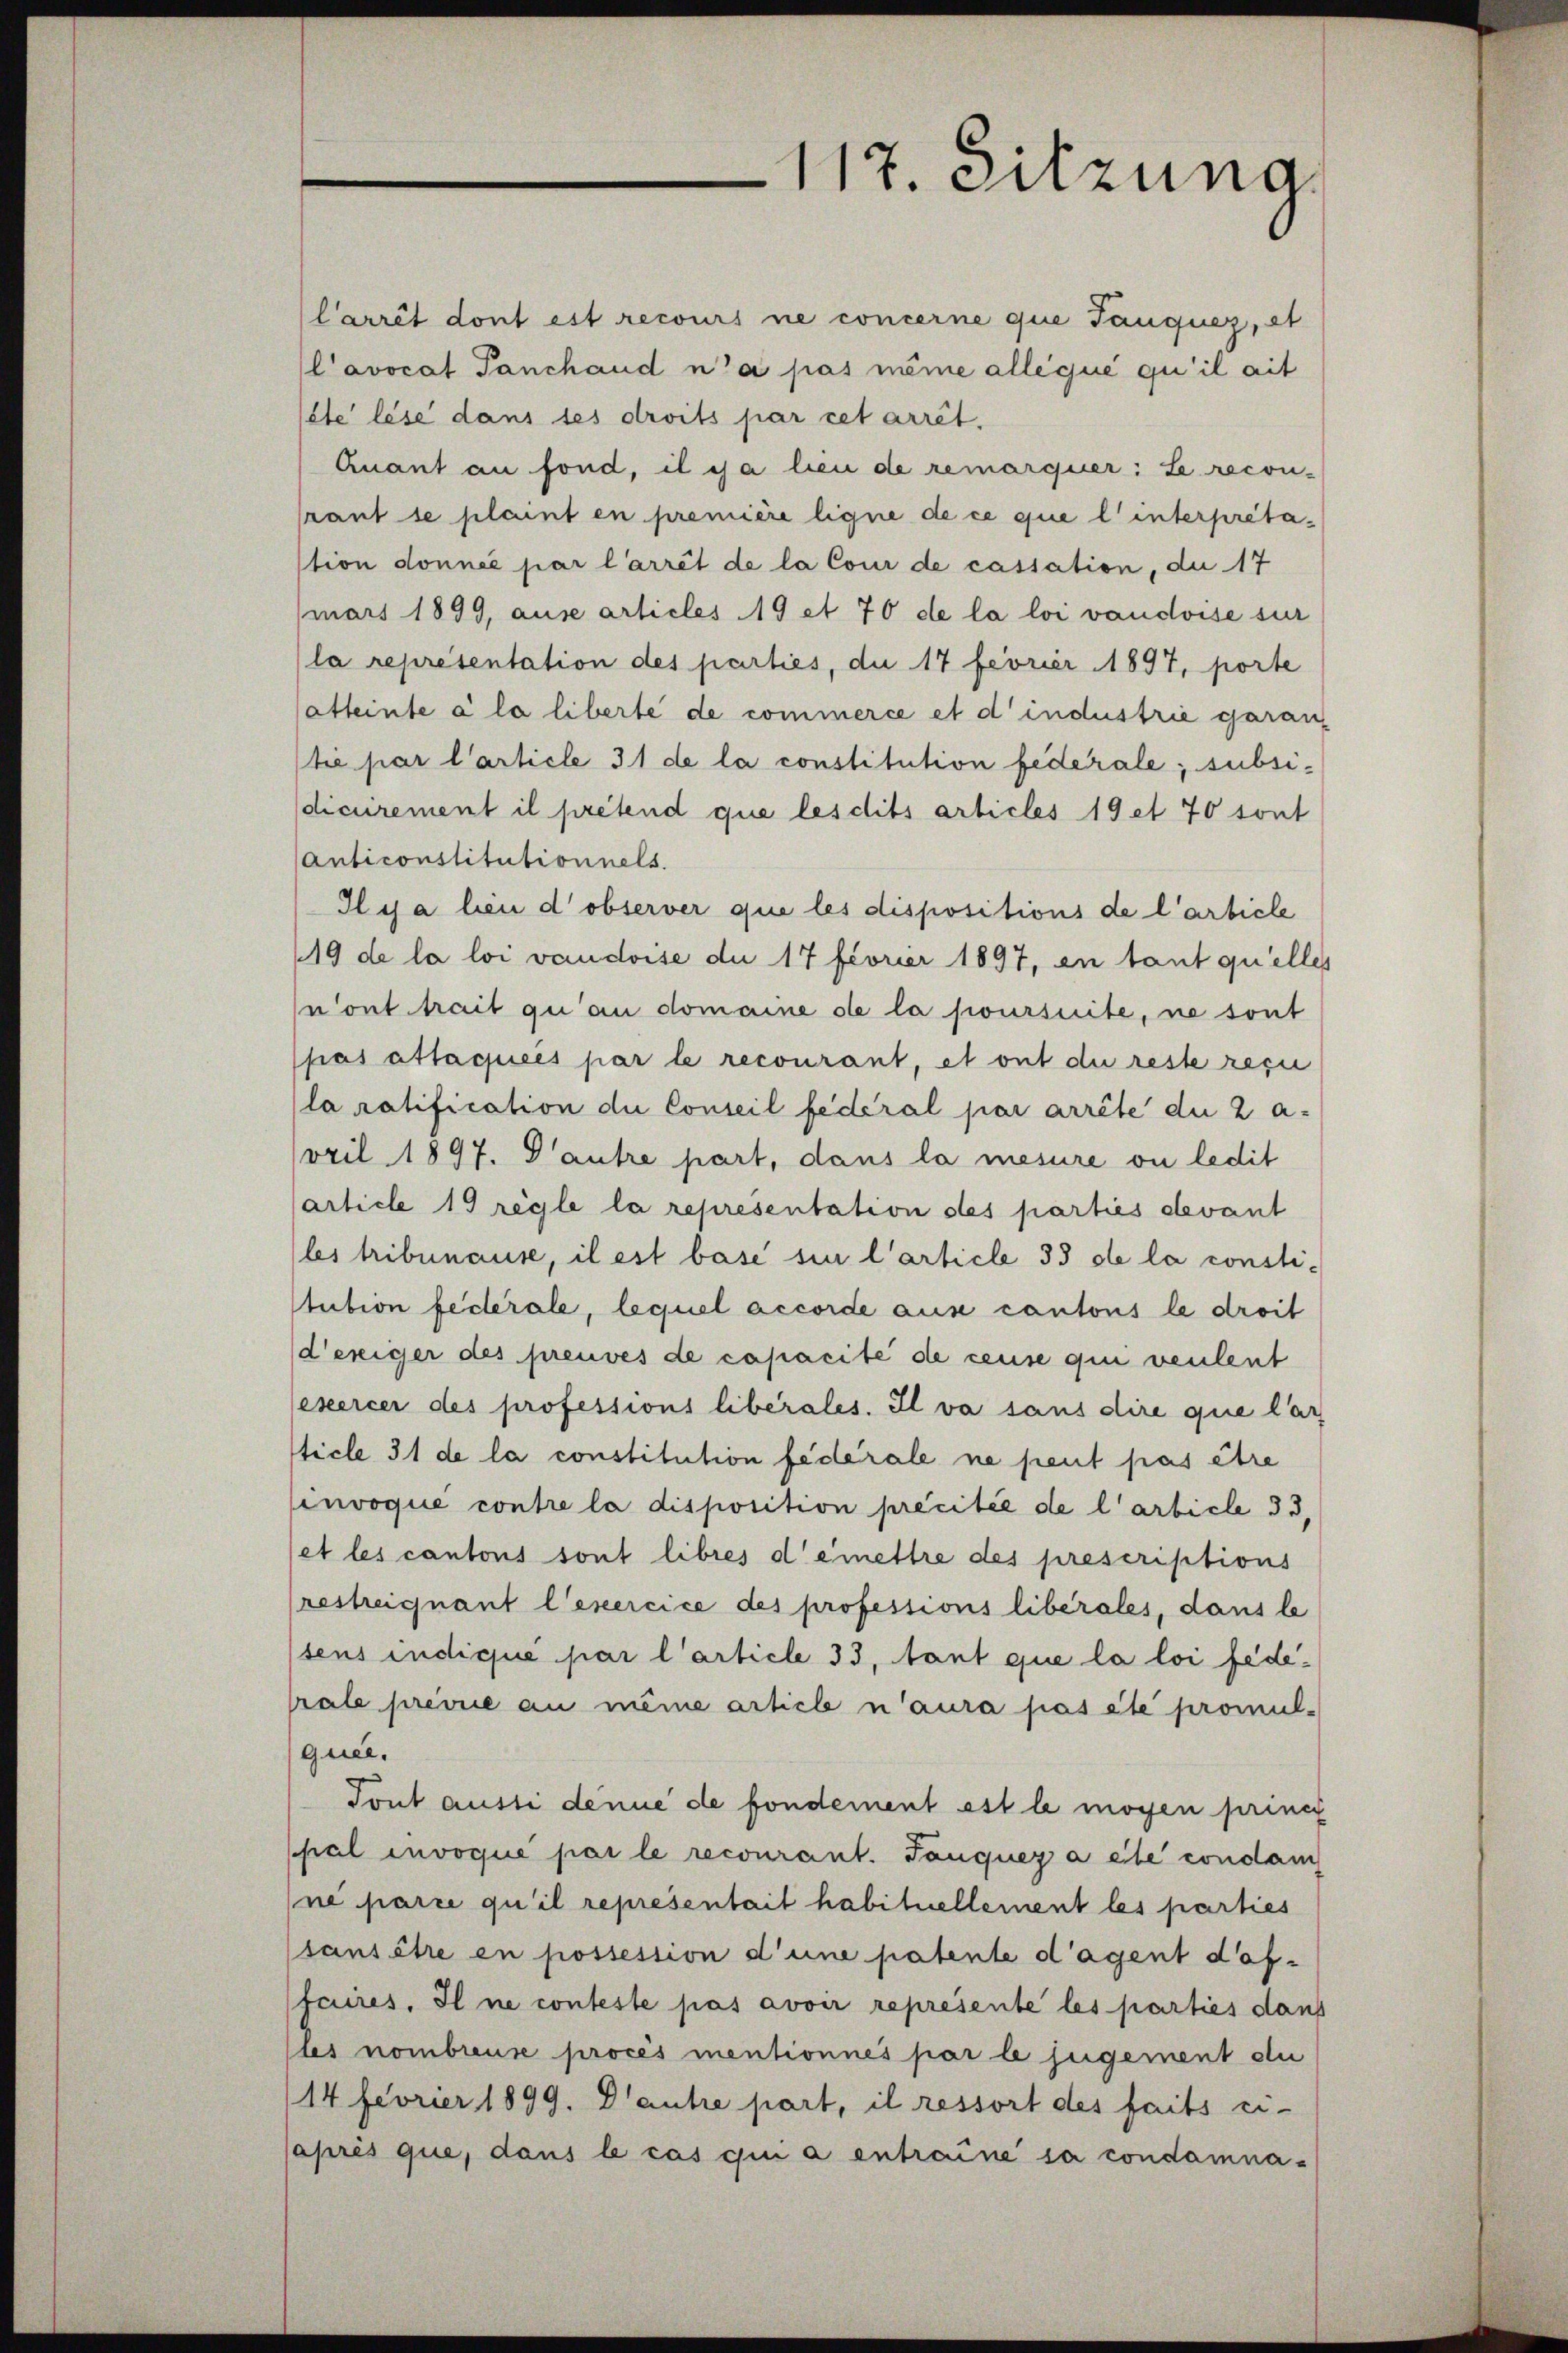
Carrêt dont est recours ne concerne que Tanquer, et
l’avocat Panchaud n’a pas même alle que qu’il ait
1ste lese dans les droits par cet arrêt.
Quant an fond, il es a lieu de remarquer: Le recon-
raut se plaint en première ligne de ce que l’interpretastion donnée par l’arrêt de la Cour de cassation, du 17
märs 1899, ause articles 19 et 70 de la loi vaudoise sur
(la représentation des parties, du 17 feorier 1897, porte
atteinte à la liberte de commerce et d’industrie garan
tie par l’article 31 de la constitution federale; subsidicirement il pretend que lesdits articles 19 et 70 sont
Anticonstitutionnels.
Il y a lieu d’observer que les dispositions de l’article
(19 de la loi vaudoise du 17 féorier 1897, en tant quelles
n’ont trait qu’au domaine de la joursuite, ne sont
pas attaquées par le recourant, et ont du reste reci
laratification die Conseil fédéral par arrête du 2 a-
vril 1897. Pautre part, dans la mesure ou ledit
article 19 règle la representation des parties devant
(les tribunause, il est base sie l’article 33 de la consti¬
Stution federale, lequel accorde aus cantons le droit
deniger des preuves de capacité de ceuse qui venleut
exercer des professions libérales. Il va sans dire que lar
ticle 31 de la constitution federale ne peut pas être
invoque contre la disposition précitée de l’article 33,
et les cantons sont libres demettre des prescriptions
restreiquant l’exercice des professions libérales, dans le
tens indique par l’article 33, tant que la loi féderale premie an meine article n’aura pas été promul-
quee.
Tont aussi denne de fonderent est le mögen princi
pal invoque par le recourant. Tanquer a ele condam
ne parie qu’il représentait habituellement les parties
sansche en possession d’une patente d’agent daffaires. Il ne conteste pas avoir représente les parties dans
les nombreuse procés mentionnés par le jugement du
14Feorier 1899. Dante part, il ressort des faits ci-
(après que, dans le cas qui a entraine sa condamna-

117. Sitzung